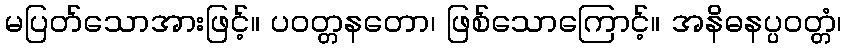
မပြတ်သောအားဖြင့်။ ပဝတ္တနတော၊ ဖြစ်သောကြောင့်။ အနိဓနပ္ပဝတ္တံ၊